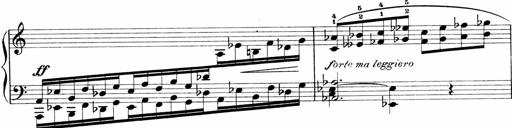
Title: Sonatina No.1
Composer: Otto Stoll
Key: C major